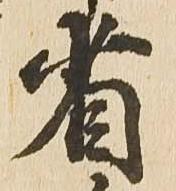
省